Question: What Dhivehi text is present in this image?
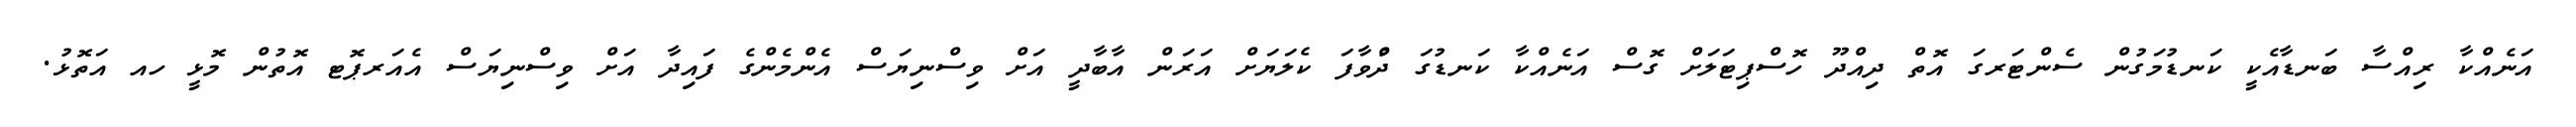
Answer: އަނެއްކާ ރިއްސާ ބަނޑާއެކީ ކަނޑުމަގުން ސެންޓަރގަ އޮތް ދިއްދޫ ހޮސްޕިޓަލަށް ގޮސް އަނެއްކާ ކަނޑުގަ ދުްވާފަ ކެލަޔަށް އަރަން އާބާދީ އަށް ވިސްނިޔަސް އެންމެންގެ ފައިދާ އަށް ވިސްނިޔަސް އެއަރޕޮޓ އޮތުން މޮޅީ ހއ އަތޮޅު.